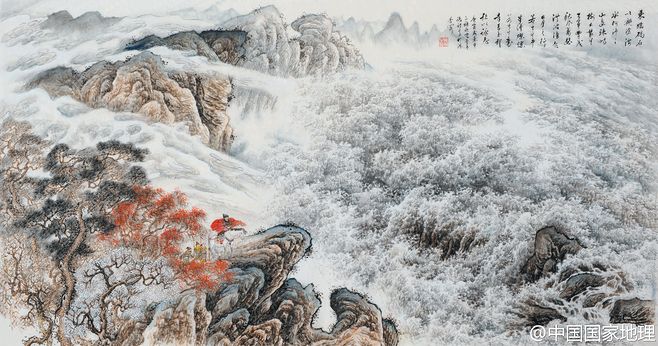
日月之行，若出其中。